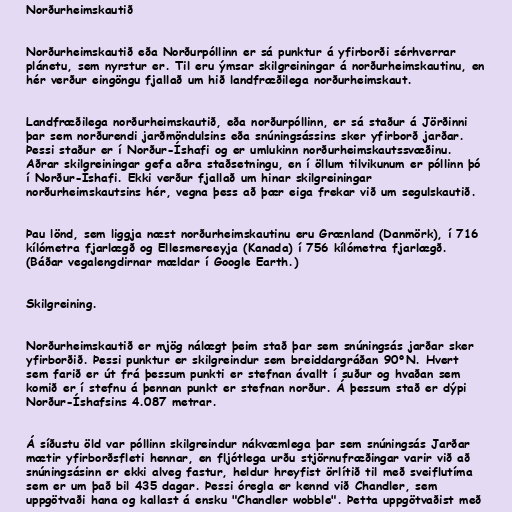
Norðurheimskautið

Norðurheimskautið eða Norðurpóllinn er sá punktur á yfirborði sérhverrar
plánetu, sem nyrstur er. Til eru ýmsar skilgreiningar á norðurheimskautinu, en
hér verður eingöngu fjallað um hið landfræðilega norðurheimskaut.

Landfræðilega norðurheimskautið, eða norðurpóllinn, er sá staður á Jörðinni
þar sem norðurendi jarðmöndulsins eða snúningsássins sker yfirborð jarðar.
Þessi staður er í Norður-Íshafi og er umlukinn norðurheimskautssvæðinu.
Aðrar skilgreiningar gefa aðra staðsetningu, en í öllum tilvikunum er póllinn þó
í Norður-Íshafi. Ekki verður fjallað um hinar skilgreiningar
norðurheimskautsins hér, vegna þess að þær eiga frekar við um segulskautið.

Þau lönd, sem liggja næst norðurheimskautinu eru Grænland (Danmörk), í 716
kílómetra fjarlægð og Ellesmereeyja (Kanada) í 756 kílómetra fjarlægð.
(Báðar vegalengdirnar mældar í Google Earth.)

Skilgreining.

Norðurheimskautið er mjög nálægt þeim stað þar sem snúningsás jarðar sker
yfirborðið. Þessi punktur er skilgreindur sem breiddargráðan 90°N. Hvert
sem farið er út frá þessum punkti er stefnan ávallt í suður og hvaðan sem
komið er í stefnu á þennan punkt er stefnan norður. Á þessum stað er dýpi
Norður-Íshafsins 4.087 metrar.

Á síðustu öld var póllinn skilgreindur nákvæmlega þar sem snúningsás Jarðar
mætir yfirborðsfleti hennar, en fljótlega urðu stjörnufræðingar varir við að
snúningsásinn er ekki alveg fastur, heldur hreyfist örlítið til með sveiflutíma
sem er um það bil 435 dagar. Þessi óregla er kennd við Chandler, sem
uppgötvaði hana og kallast á ensku "Chandler wobble". Þetta uppgötvaðist með